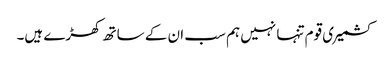
کشمیری قوم تنہا نہیں ہم سب ان کے ساتھ کھڑے ہیں۔